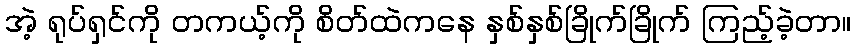
အဲ့ ရုပ်ရှင်ကို တကယ့်ကို စိတ်ထဲကနေ နှစ်နှစ်ခြိုက်ခြိုက် ကြည့်ခဲ့တာ။